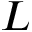
L